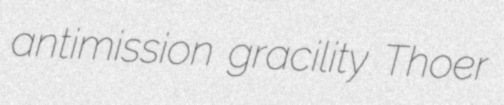
antimission gracility Thoer